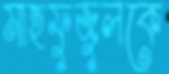
মাহফুজুলকে